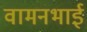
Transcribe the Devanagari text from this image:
वामनभाई